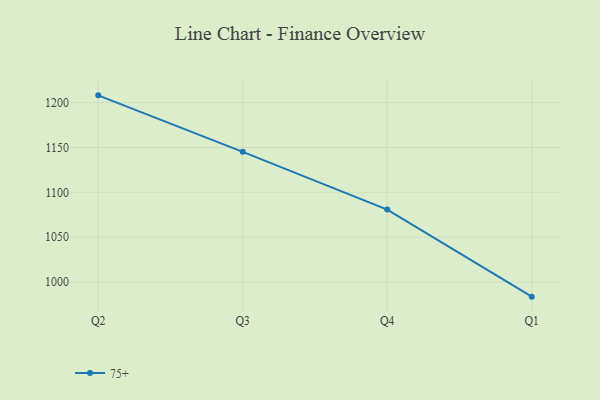
{"axis": {"x": "Quarter", "y": "Tickets Resolved"}, "legend": ["75+"], "data": [{"x": "Q2", "y": 1208.1, "type": "75+"}, {"x": "Q3", "y": 1145.1, "type": "75+"}, {"x": "Q4", "y": 1080.8, "type": "75+"}, {"x": "Q1", "y": 983.7, "type": "75+"}]}